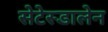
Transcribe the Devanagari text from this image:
सेटेस्डालेन